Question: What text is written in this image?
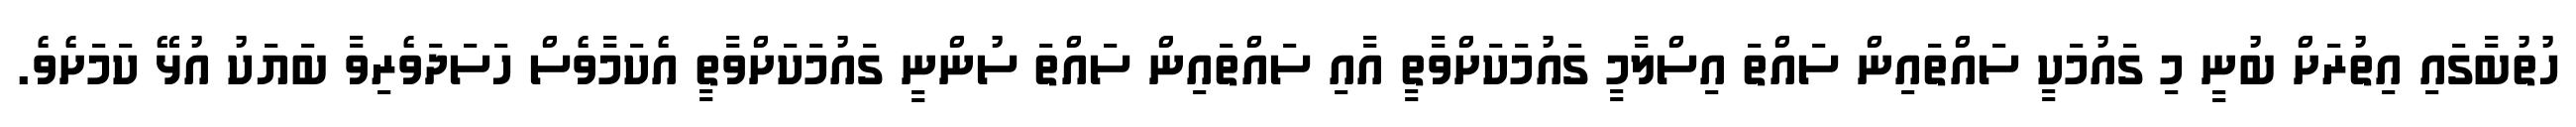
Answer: ހުތުބާގައި އިތުރަށް ބުނީ މި ގައުމަކީ ސައްތައިން ސައްތަ އިސްލާމީ ގައުމަކަށްވާތީ އާއި ސައްތައިން ސައްތަ ސުންނީ ގައުމަކަށްވާތީ އެކަމާވެސް ހަސަދަވެރިވާ ބަޔަކު އުޅޭ ކަމަށެވެ.